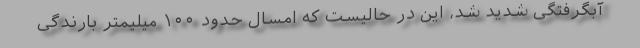
آبگرفتگی شدید شد، این در حالیست که امسال حدود ۱۰۰ میلیمتر بارندگی